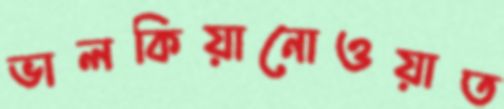
ভালকিয়ানোওয়াত